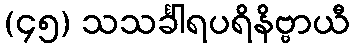
(၄၅) သသင်္ခါရပရိနိဗ္ဗာယီ